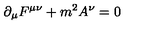
\partial _ { \mu } F ^ { \mu \nu } + m ^ { 2 } A ^ { \nu } = 0